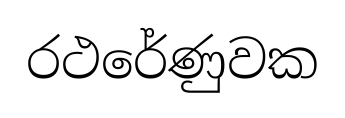
රථරේණුවක